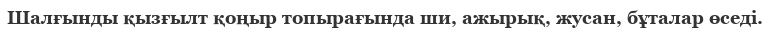
Шалғынды қызғылт қоңыр топырағында ши, ажырық, жусан, бұталар өседі.